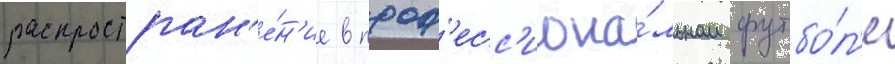
распростран'е́н'ие в проф'есс'иона́льном футбо́л'е